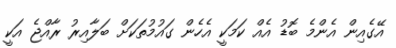
އޭގެއިން އެންމެ ބޮޑު އެއް ކަމަކީ އެހެން ގައުމުތަކަށް ބަލާއިރު ރާއްޖެ އަކީ